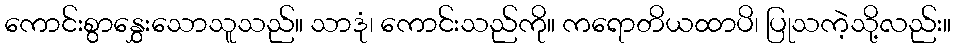
ကောင်းစွာနွှေးသောသူသည်။ သာဒုံ၊ ကောင်းသည်ကို။ ကရောတိယထာပိ၊ ပြုသကဲ့သို့လည်း။